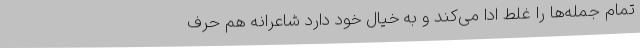
تمام جمله‌ها‌ را غلط ادا می‌کند و به خیال خود دارد شاعرانه هم حرف